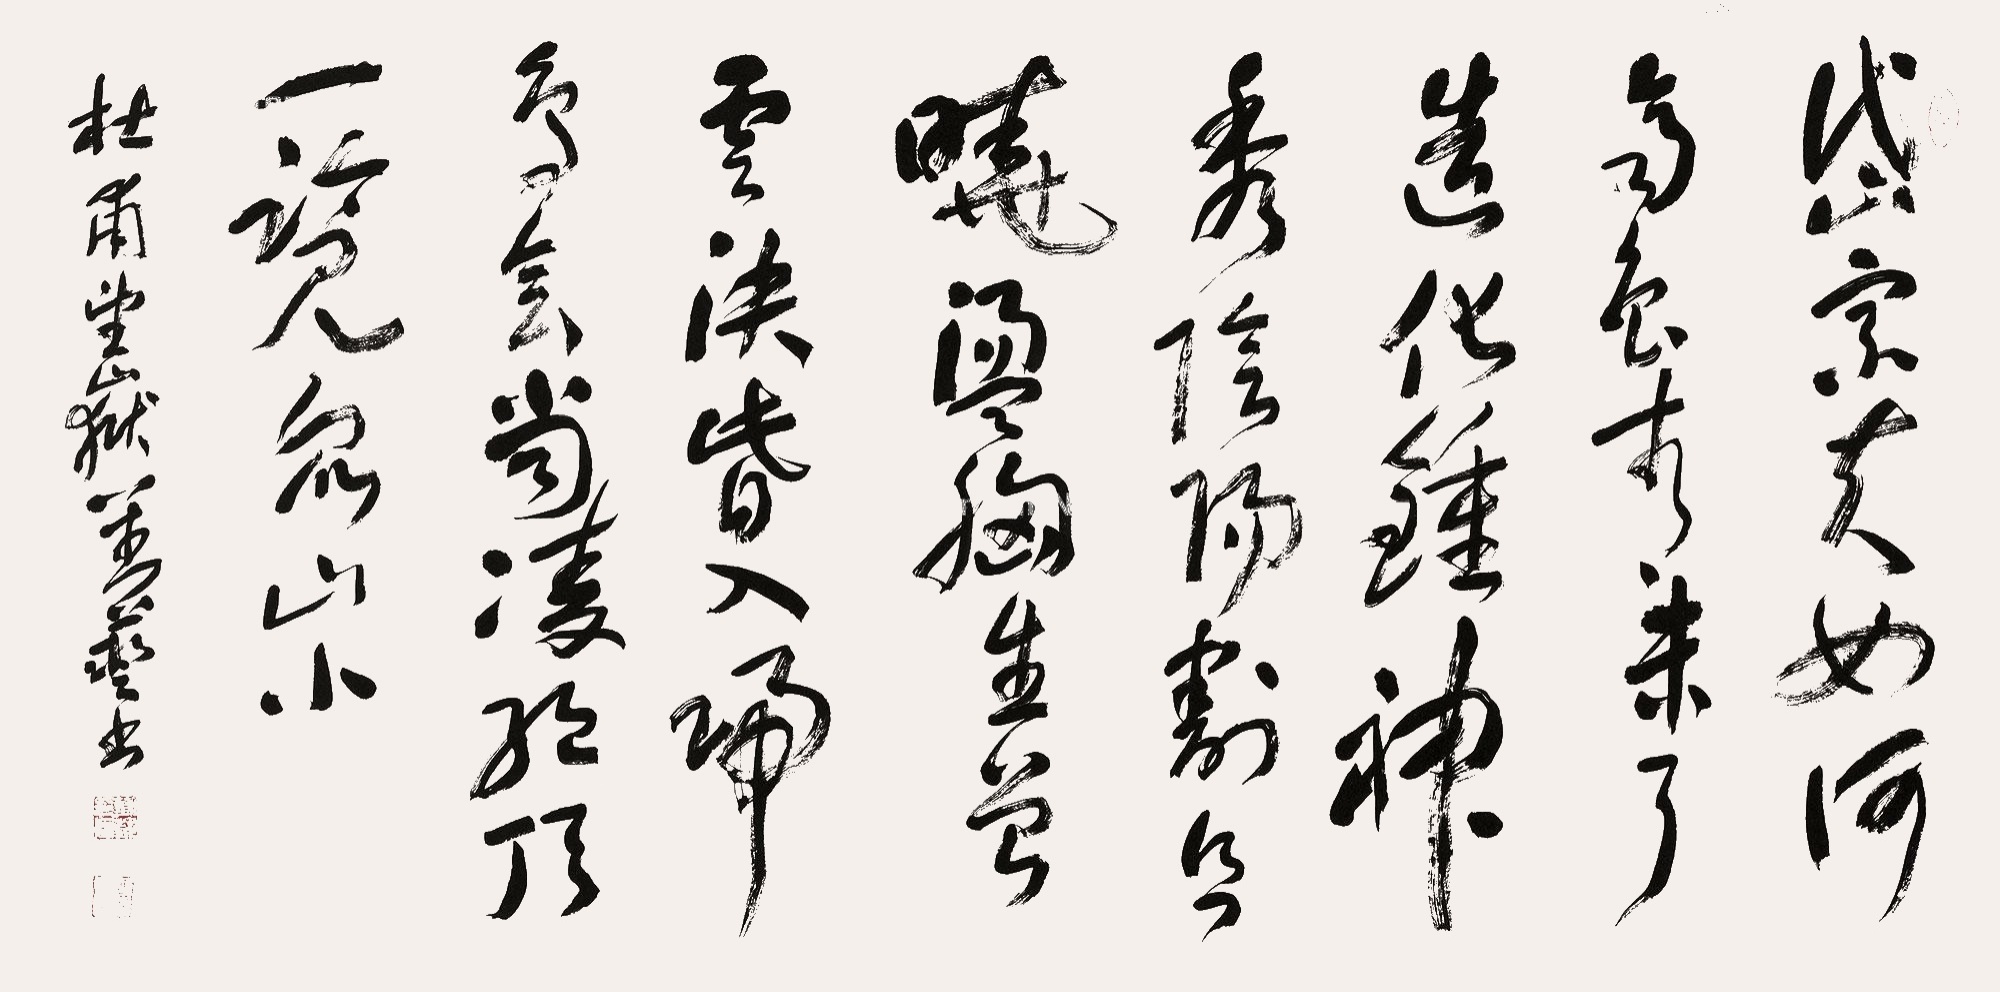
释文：岱宗夫如何？齐鲁青未了。造化钟神秀，阴阳割昏晓。荡胸生层云，决眦入归鸟。会当凌绝顶，一览众山小。杜甫望岳刘艺书